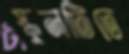
স্কুলটিতে